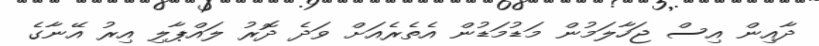
ދާއިން އިސް ޖަހާލަމުން މަޑުމަޑުން އެތެރެއަށް ވަދެ ދޮރު ލައްޕާލި އިރު އޭނާގެ